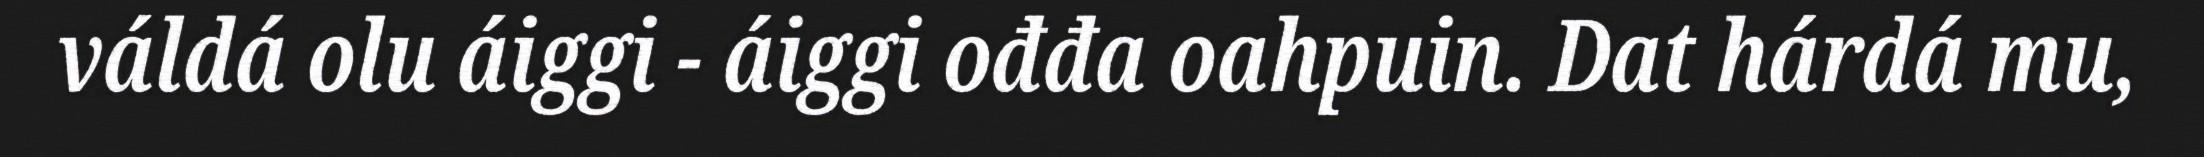
váldá olu áiggi - áiggi ođđa oahpuin. Dat hárdá mu,